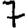
Digit: 7